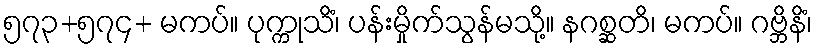
၅၇၃+၅၇၄+ မကပ်။ ပုက္ကုသိံ၊ ပန်းမှိုက်သွန်မသို့။ နဂစ္ဆတိ၊ မကပ်။ ဂဗ္ဘိနိံ၊